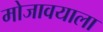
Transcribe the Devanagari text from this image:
मोजावयाला